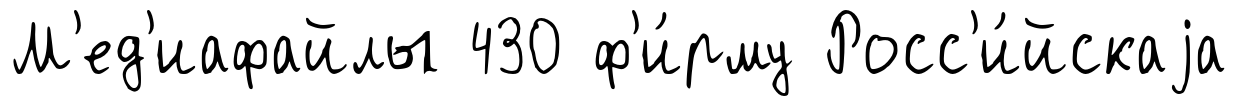
М'ед'иафайлы 430 ф'и́рму Росс'и́йскаjа